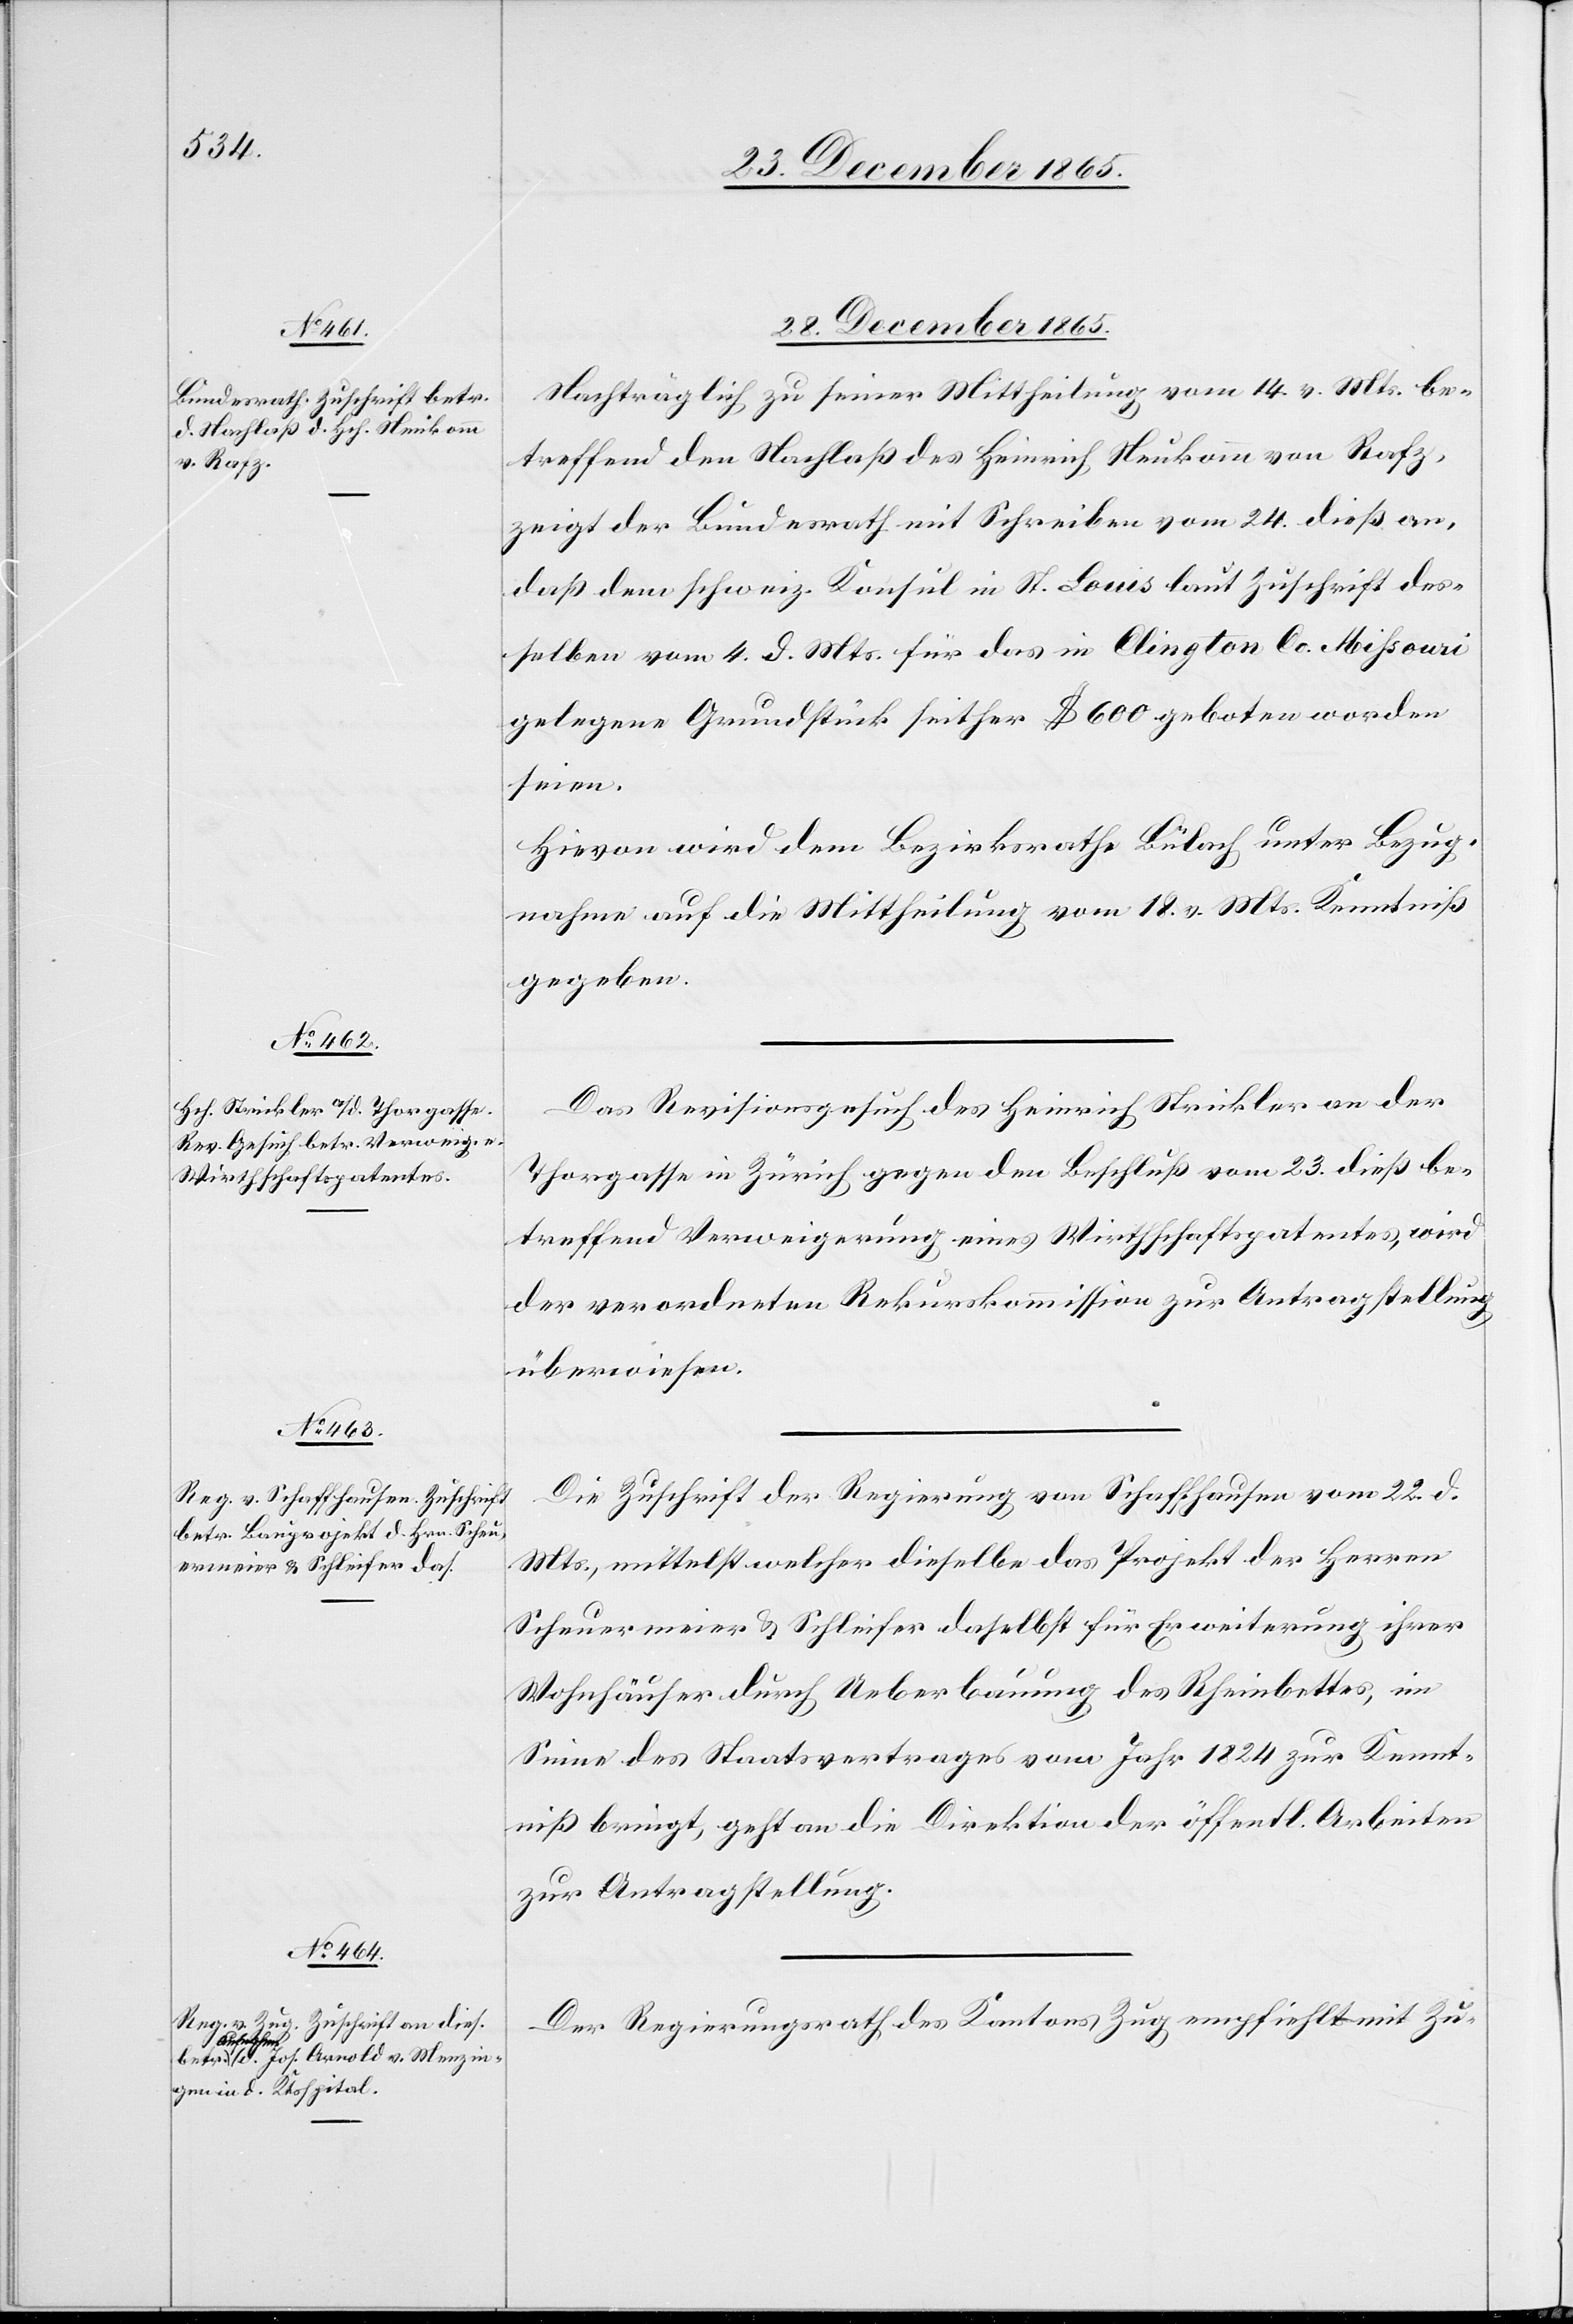
28. December 1865.]
Nachträglich zu seiner Mittheilung vom 14. v. Mts. be¬
treffend den Nachlaß des Heinrich Neukomm von Rafz,
zeigt der Bundesrath mit Schreiben vom 24. dieß an,
daß dem schweiz. Konsul in St. Louis laut Zuschrift des¬
selben vom 4. d. Mts. für das in Clington Co. Mihsouri
gelegene Grundstück seither $ 600 geboten worden
seien.
Hievon wird dem Bezirksrathe Bülach unter Bezug¬
nahme auf die Mittheilung vom 18. v. Mts. Kenntniß
gegeben.
Das Revisionsgesuch des Heinrich Strickler an der
Thorgasse in Zürich gegen den Beschluß vom 23. dieß be¬
treffend Verweigerung eines Wirthschaftspatentes, wird
der verordneten Rekurskommission zur Antragstellung
überwiesen.
Die Zuschrift der Regierung von Schaffhausen vom 22. d.
Mts., mittelst welcher dieselbe das Projekt der Herren
Scheuermeier & Schleifer daselbst für Erweiterung ihrer
Wohnhäuser durch Ueberbauung des Rheinbettes, im
Sinne des Staatsvertrages vom Jahr 1824 zur Kennt¬
niß bringt, geht an die Direktion der öffentl. Arbeiten
zu Antragstellung.
Der Regierungsrath des Kantons Zug empfiehlt mit Zu-